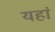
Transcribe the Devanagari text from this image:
यहां